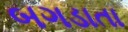
બગડાતા